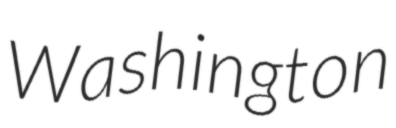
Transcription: Washington